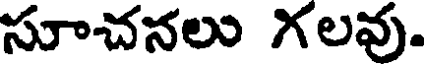
సూచనలు గలవు.